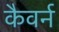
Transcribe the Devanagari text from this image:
कैवर्न